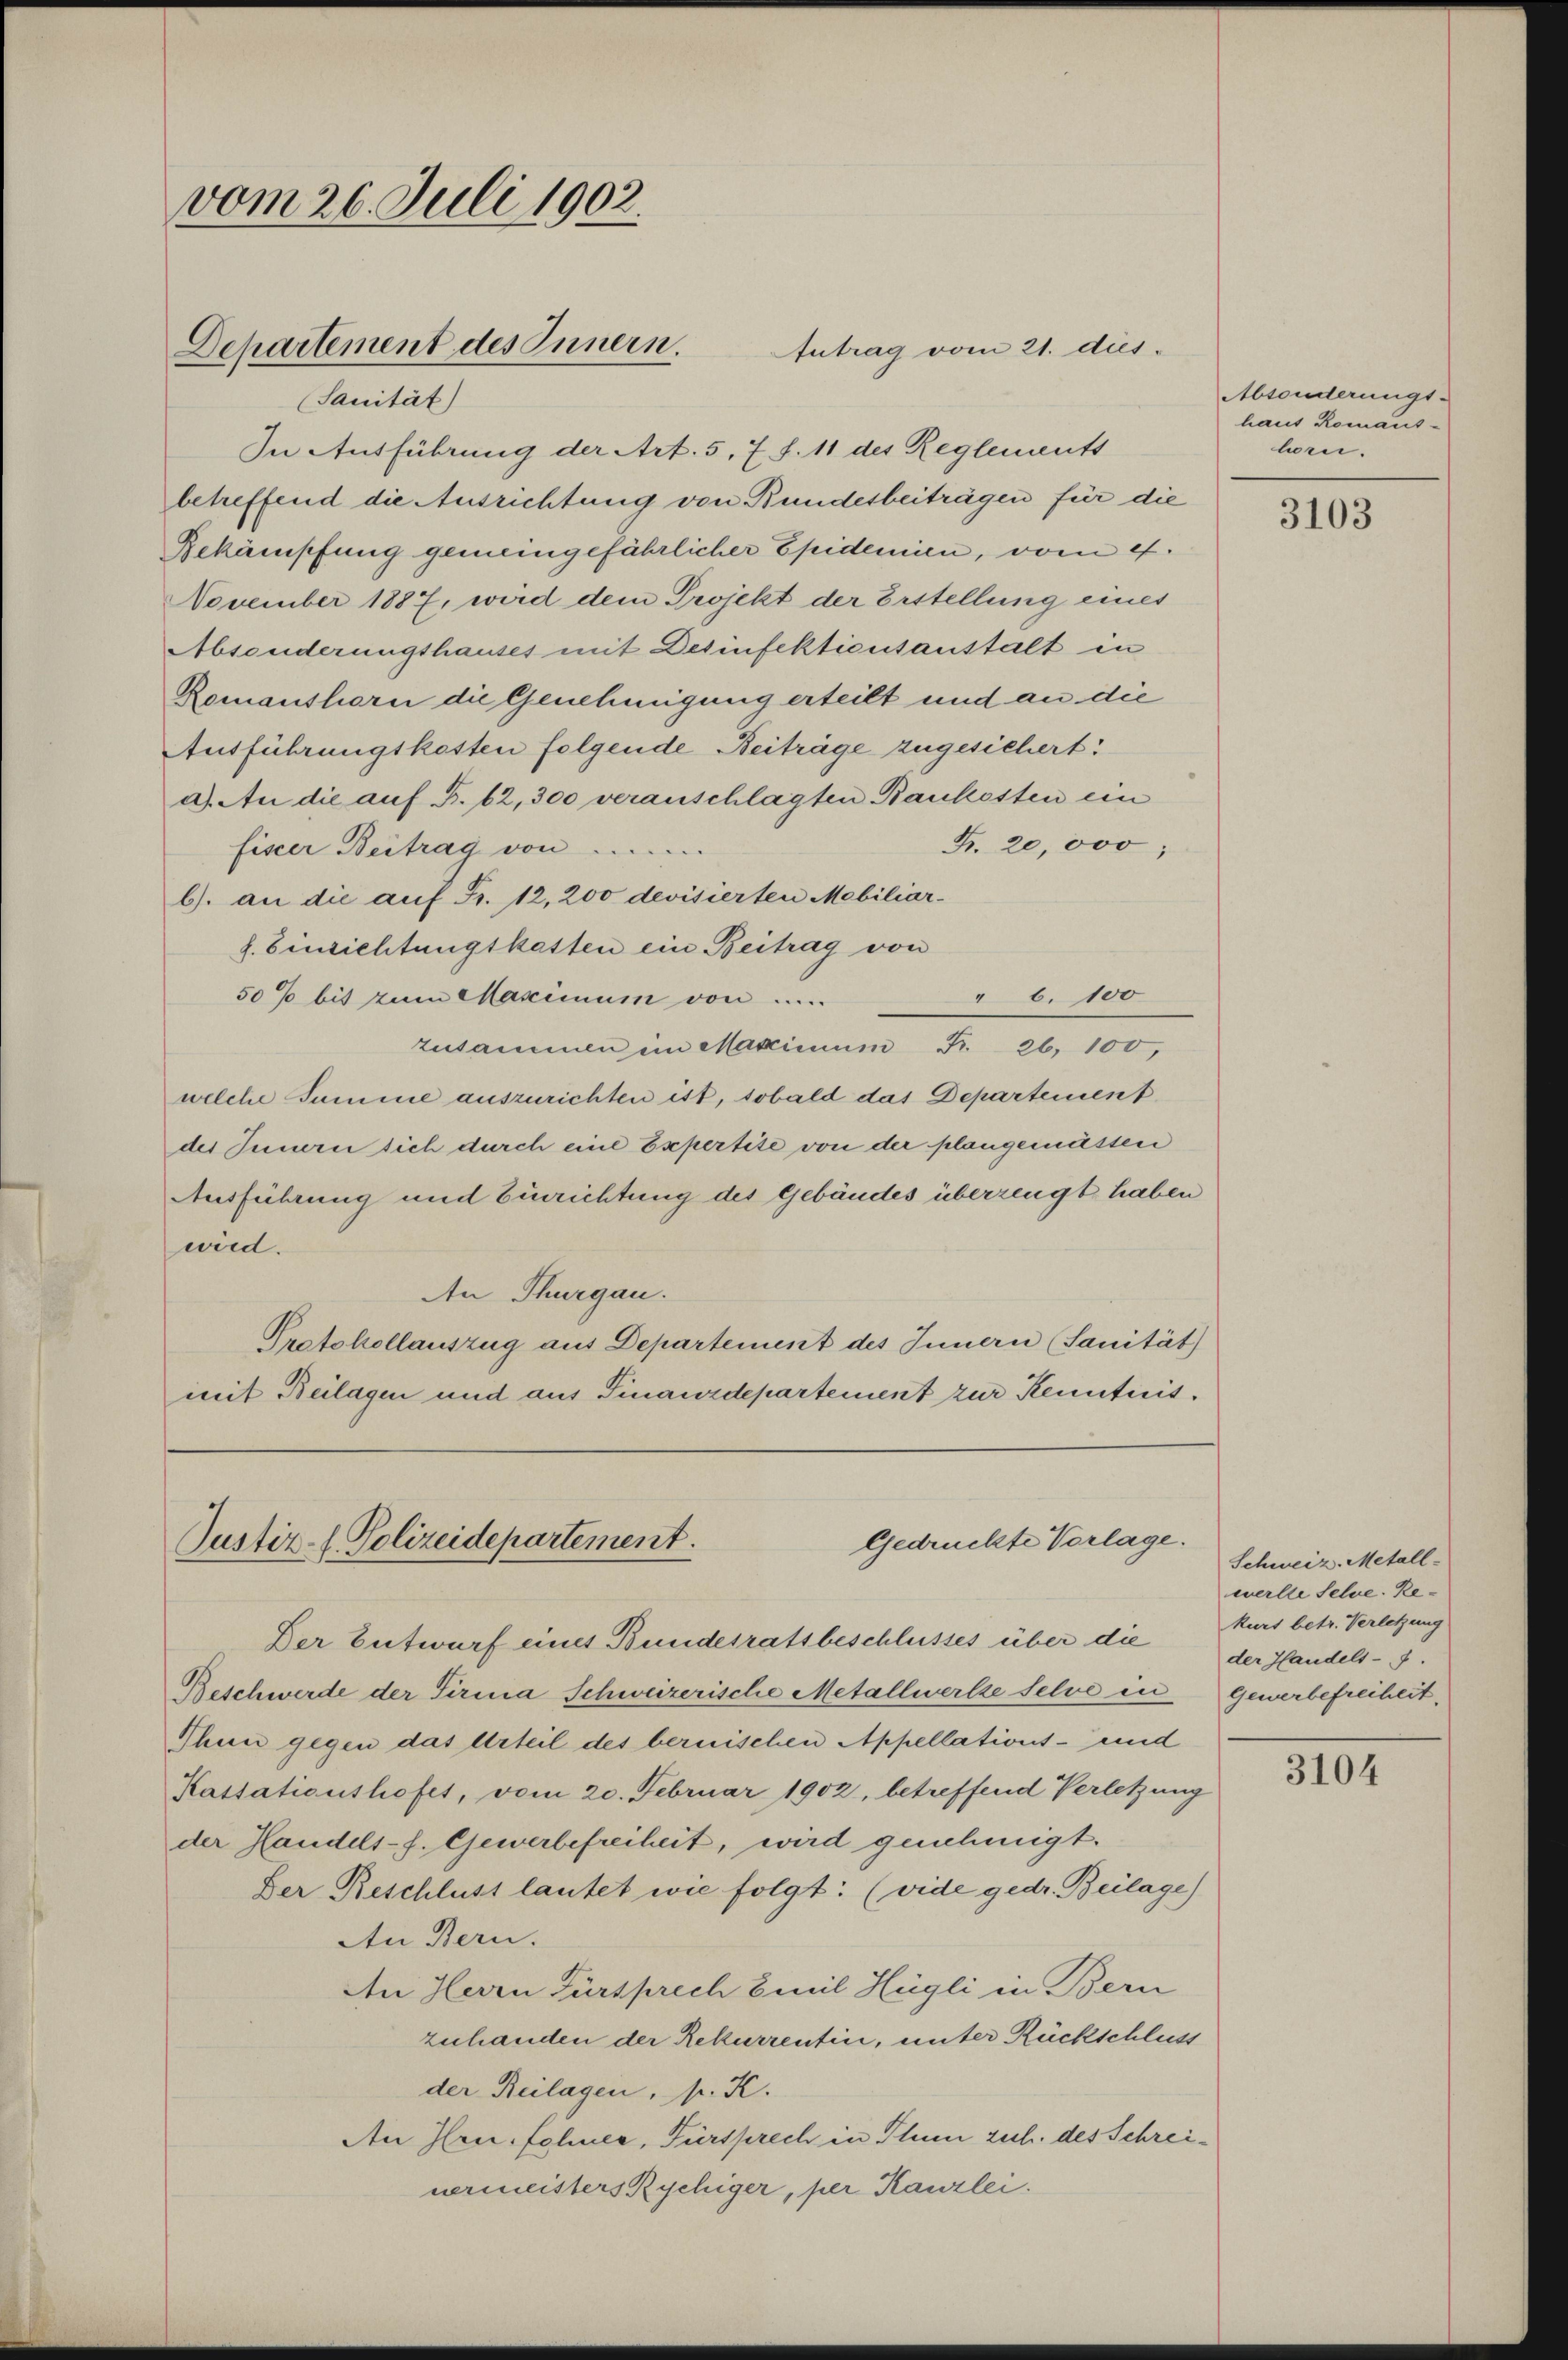
vom 26. Juli 1902.
Departement des Innern.

Sanität)

In Ausführung der Art. 5, 7 S. 11 des Reglements
betreffend die Ausrichtung von Bundesbeiträgen für die
Bekämpfung gemeingefährlicher Epidemien, vom 4.
November 1887, wird dem Projekt der Erstellung eines
Absonderungshauses mit Desinfektionsanstalt in
Romanshorn die Genehmigung erteilt und an die
Ausführungskosten folgende Beiträge zugesichert.
a). An die aŭf B. 62, 300 veranschlagten Baukosten ein
Fr. 20,000
fiser Beitrag von
b). an die aŭf Fr. 12, 200 devisierten Mobiliar-
f. Einsichtungskasten ein Beitrag von
" 6. 100
50% bis zum Maximum von .....
zusammen im Maximum Fr. 26, 100,
welche Summe auszurichten ist, sobald das Departement
des Innern sich durch eine Expertise von der plangemässen
Ausführung und Einrichtung des Gebäudes überzeugt haben
wird.
An Thurgau.
Protokollauszug aus Departement des Innern (Sanität
mit Beilagen und aus Finanzdepartement zur Kenntnis.

Antrag vom 21. dies

Gedrückte Vorlage.
Justiz-C. Polizeidepartement.

Der Entwurf eines Bundesratsbeschlusses über die
Beschwerde der Firma Schweizerische Metallwerke Selve in Gewerbefreiheit,
Thun gegen das Urteil des bernischen Appellations- und
Kassationshofes, vom 20. Februar 1902, betreffend Verletzung
der Handels-f. Gewerbefreiheit, wird genehmigt.
Der Reschluss lautet wie folgt: (vide gedr. Beilage)
An Bern.
An Herrn Fürsprech Emil Hügli in Bern
zuhanden der Rekurrentin, unter Rückschluss
der Beilagen, pr. K.
An Hrn. Schnee, Fürsprech in Thun zech. des Schreinermeisters Rychiger, per Kanzlei.

Absonderungs-
haus Romans-
lri.

3103

Schweiz. Metallwelle selbe Rekurs betr. Verletzung
der Handels-

3104